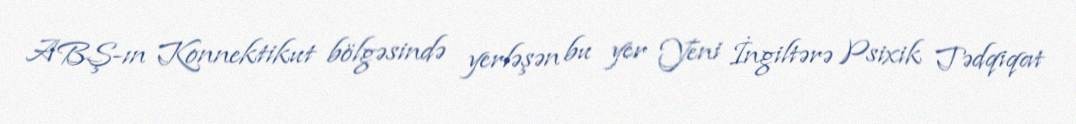
ABŞ-ın Konnektikut bölgəsində yerləşən bu yer Yeni İngiltərə Psixik Tədqiqat